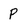
Character: P